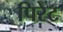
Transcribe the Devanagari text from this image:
पिरेट